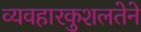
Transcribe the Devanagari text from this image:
व्यवहारकुशलतेने